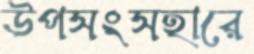
উপসংসহারে